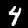
Digit: 4